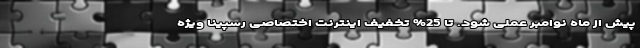
پیش از ماه نوامبر عملی شود. تا 25% تخفیف اینترنت اختصاصی رسپینا ویژه